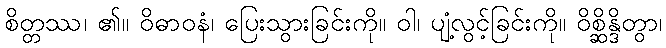
စိတ္တဿ၊ ၏။ ဝိဓာဝနံ၊ ပြေးသွားခြင်းကို။ ဝါ၊ ပျံ့လွင့်ခြင်းကို။ ဝိစ္ဆိန္ဒိတွာ၊